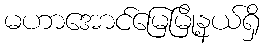
မဟာအောင်မြေမြို့နယ်ရှိ